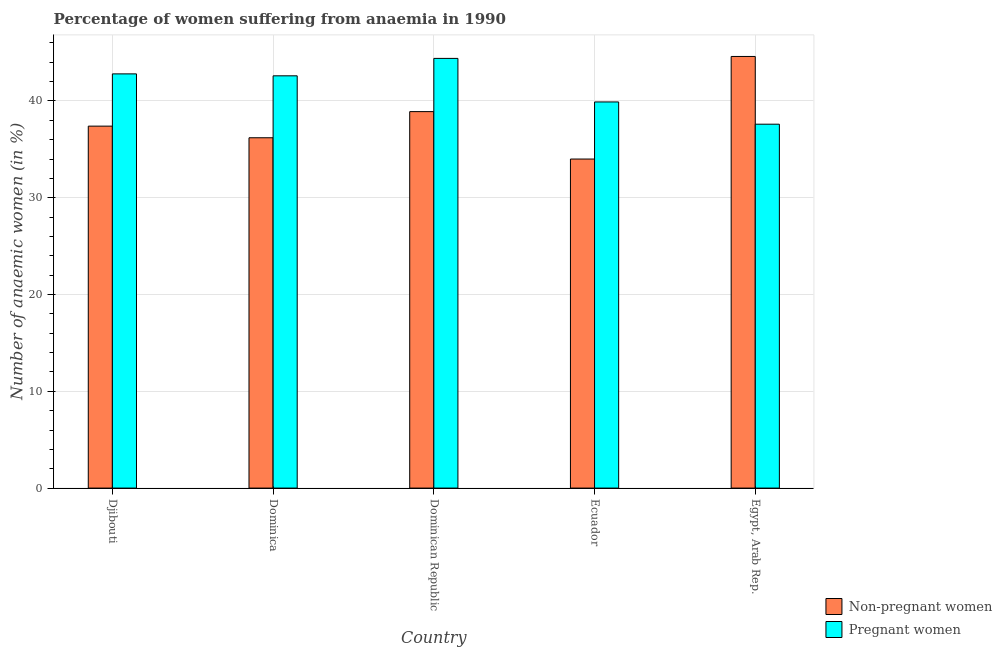
| Country | Non-pregnant women | Pregnant women |
 | --- | --- | --- |
 | Djibouti | 37.4 | 42.8 |
 | Dominica | 36.2 | 42.6 |
 | Dominican Republic | 38.9 | 44.4 |
 | Ecuador | 34 | 39.9 |
 | Egypt, Arab Rep. | 44.6 | 37.6 |